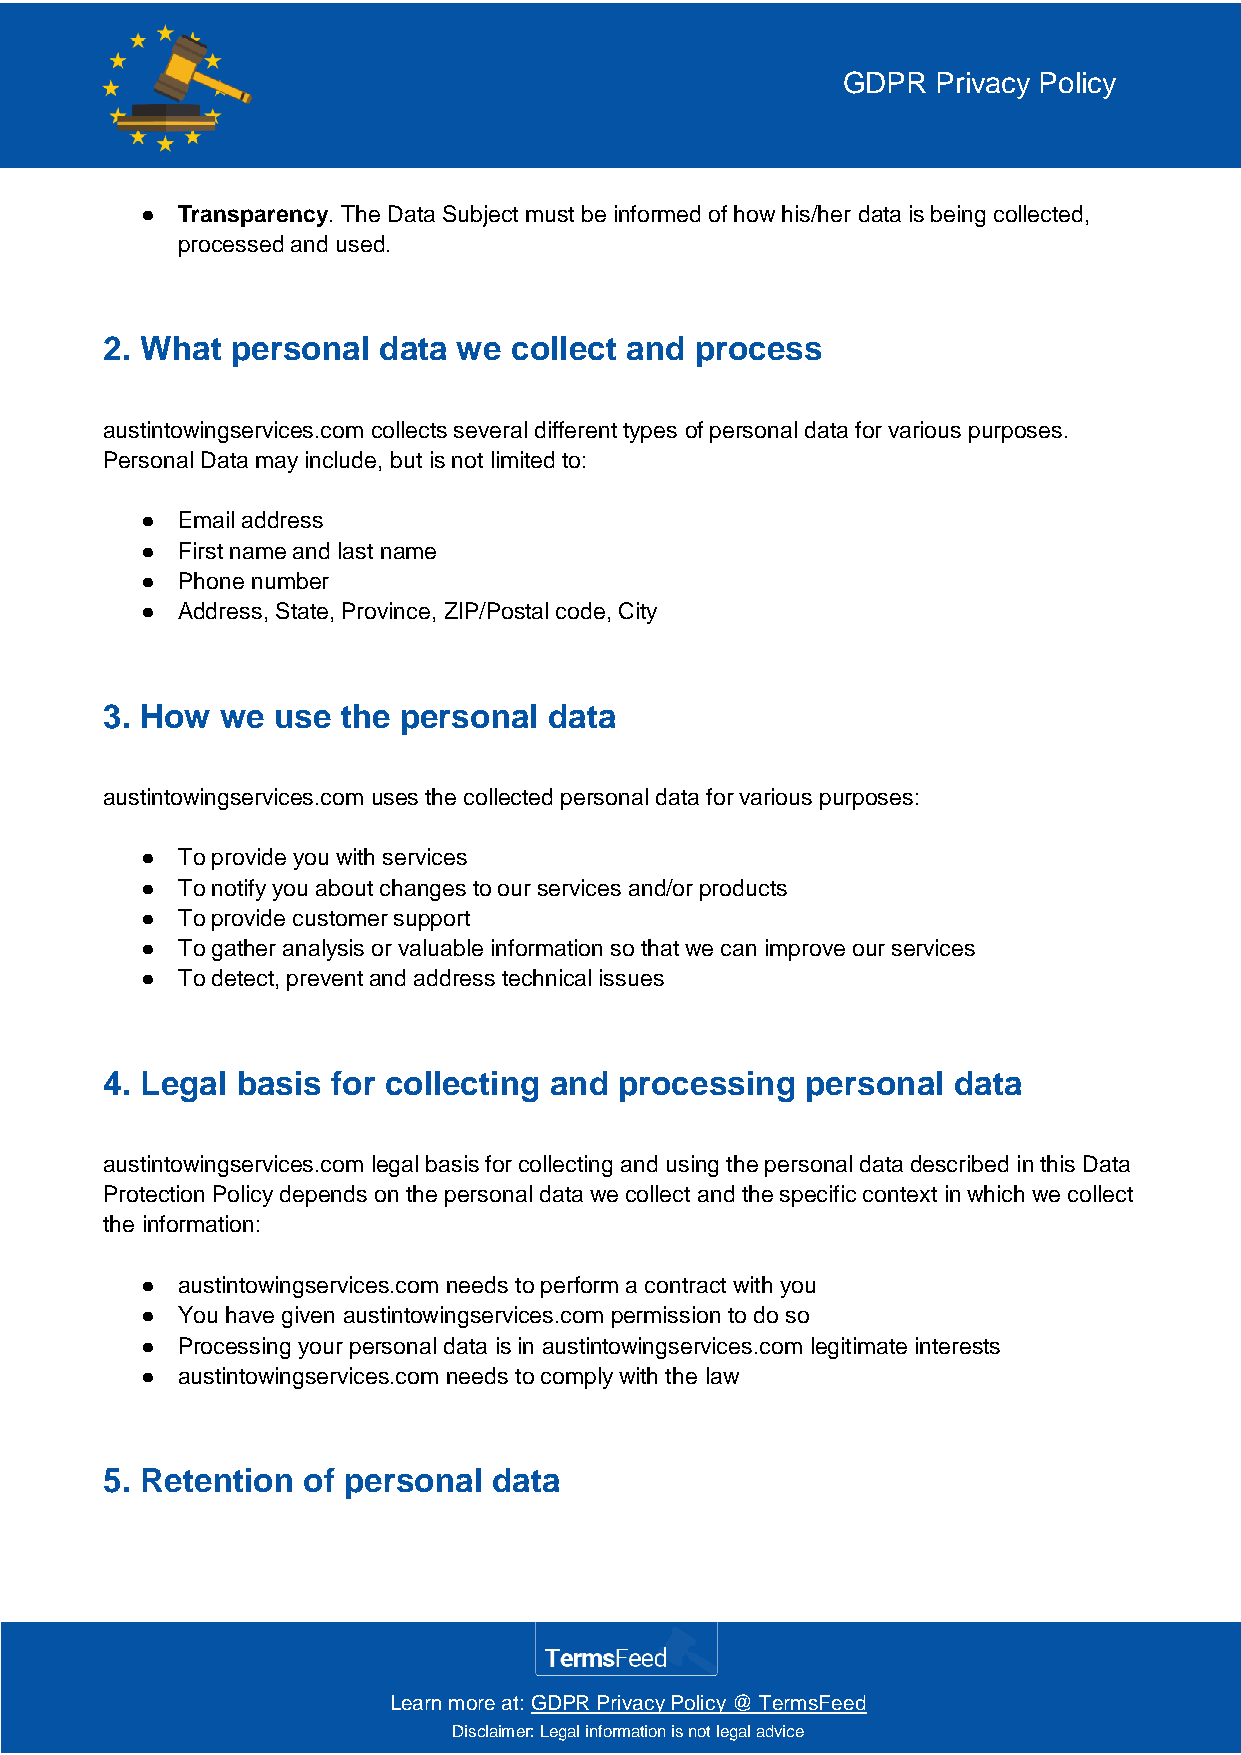
GDPR  Privacy Policy
 ●  Transparency. The Data Subject must be informed of how his/her data is being collected,
 processed and used.
 2. What personal  data we  collect and process
 austintowingservices.com collects several different types of personal data for various purposes.
 Personal Data may include, but is not limited to:
 ●  Email address
 ●  First name and last name
 ●  Phone number
 ●  Address, State, Province, ZIP/Postal code, City
 3. How  we use  the personal data
 austintowingservices.com uses the collected personal data for various purposes:
 ●  To provide you with services
 ●  To notify you about changes to our services and/or products
 ●  To provide customer support
 ●  To gather analysis or valuable information so that we can improve our services
 ●  To detect, prevent and address technical issues
 4. Legal basis for collecting and processing  personal  data
 austintowingservices.com legal basis for collecting and using the personal data described in this Data
 Protection Policy depends on the personal data we collect and the specific context in which we collect
 the information:
 ●  austintowingservices.com needs to perform a contract with you
 ●  You have given austintowingservices.com permission to do so
 ●  Processing your personal data is in austintowingservices.com legitimate interests
 ●  austintowingservices.com needs to comply with the law
 5. Retention of personal  data
 Learn more at: GDPR Privacy Policy @ TermsFeed
 Disclaimer: Legal information is not legal advice